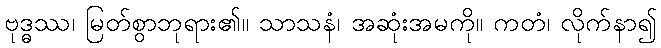
ဗုဒ္ဓဿ၊ မြတ်စွာဘုရား၏။ သာသနံ၊ အဆုံးအမကို။ ကတံ၊ လိုက်နာ၍